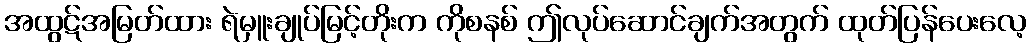
အထွဋ်အမြတ်ထား ရဲမှူးချုပ်မြင့်တိုးက ကိုစနစ် ဤလုပ်ဆောင်ချက်အတွက် ထုတ်ပြန်ပေးလေ့